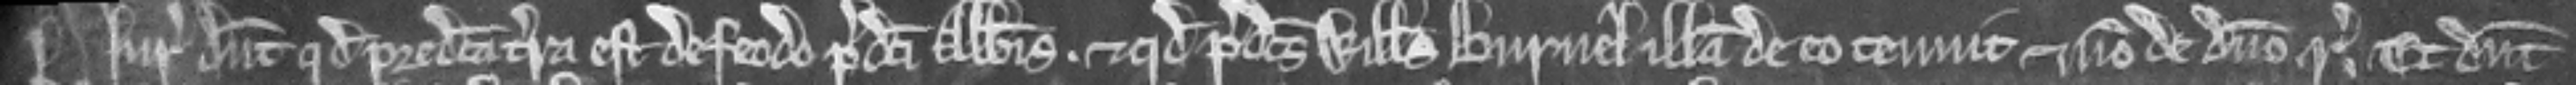
¶ Iuratores dicunt quod predicta terra est de feodo predicti Abbatis. et quod predictus Willelmus Burnel illam de eo tenuit et non de domino regni. Et dicunt